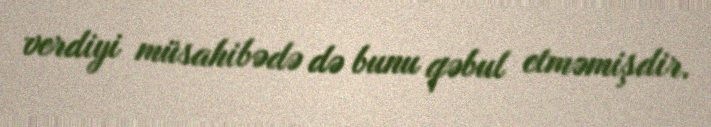
verdiyi müsahibədə də bunu qəbul etməmişdir.